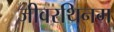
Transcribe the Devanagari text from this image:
जीवरथिनम